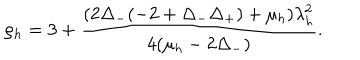
\rho _ { h } = 3 + \frac { ( 2 \Delta _ { - } ( - 2 + \Delta _ { - } \Delta _ { + } ) + \mu _ { h } ) \lambda _ { h } ^ { 2 } } { 4 ( \mu _ { h } - 2 \Delta _ { - } ) } .